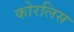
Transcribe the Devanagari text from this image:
कोरलिस